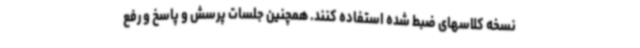
نسخه کلاسهای ضبط شده استفاده کنند. همچنین جلسات پرسش و پاسخ و رفع